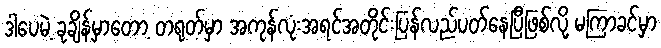
ဒါပေမဲ့ ခုချိန်မှာတော့ တရုတ်မှာ အကုန်လုံးအရင်အတိုင်းပြန်လည်ပတ်နေပြီဖြစ်လို့ မကြာခင်မှာ